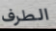
الطرف